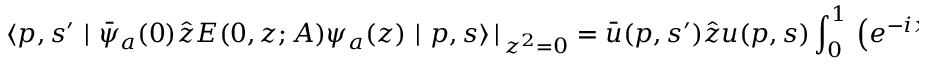
\langle p , s ^ { \prime } \, \, | \, \, \bar { \psi } _ { a } ( 0 ) \hat { z } E ( 0 , z ; A ) \psi _ { a } ( z ) \, \, | \, \, p , s \rangle \, | \, _ { z ^ { 2 } = 0 } = \bar { u } ( p , s ^ { \prime } ) \hat { z } u ( p , s ) \int _ { 0 } ^ { 1 } \, \left( e ^ { - i x ( p z ) } f _ { a } ( x ) - e ^ { i x ( p z ) } f _ { \bar { a } } ( x ) \right) \, d x \, ,